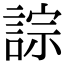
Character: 誴